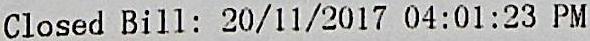
CLOSED BILL : 20/11/2017 04:01:23 PM